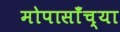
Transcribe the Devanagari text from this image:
मोपासाँच्या